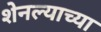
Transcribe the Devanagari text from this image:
शेनल्याच्या